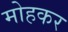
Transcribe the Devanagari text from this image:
मोहकर